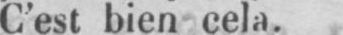
C’est bien cela.